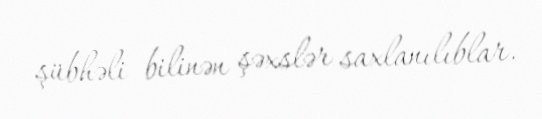
şübhəli bilinən şəxslər saxlanılıblar.